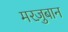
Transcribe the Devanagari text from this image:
मरज़ुबान